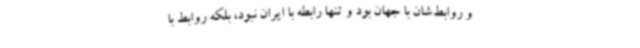
و روابط‌شان با جهان بود و تنها رابطه با ایران نبود، بلکه روابط با